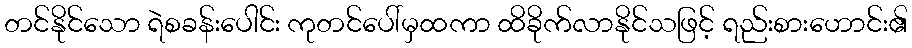
တင်နိုင်သော ရဲစခန်းပေါင်း ကုတင်ပေါ်မှထကာ ထိခိုက်လာနိုင်သဖြင့် ရည်းစားဟောင်း၏